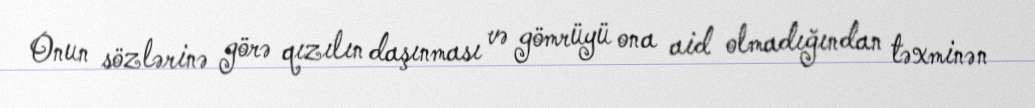
Onun sözlərinə görə qızılın daşınması və gömrüyü ona aid olmadığından təxminən